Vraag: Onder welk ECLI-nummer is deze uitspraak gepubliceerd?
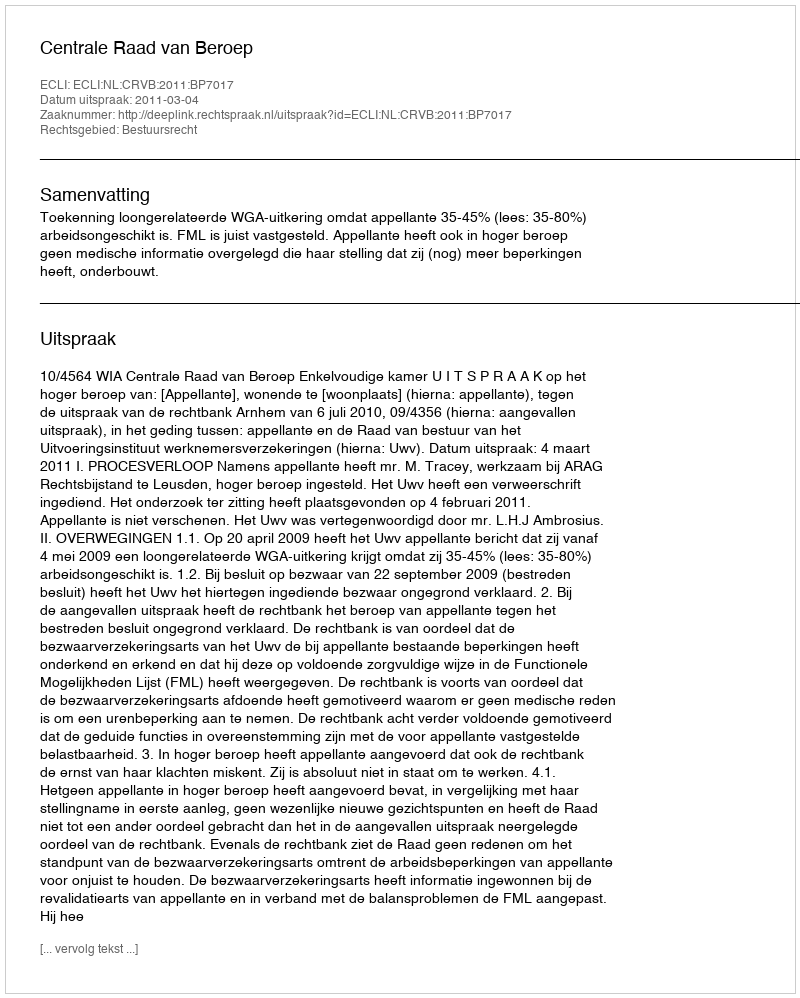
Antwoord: ECLI:NL:CRVB:2011:BP7017